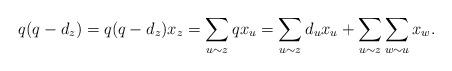
LaTeX: \begin{align*} q(q-d_z)=q(q-d_z)x_z=\sum_{u\sim z}qx_u=\sum_{u\sim z}d_ux_u+\sum_{u\sim z}\sum_{w\sim u}x_w. \end{align*}